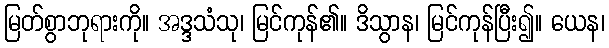
မြတ်စွာဘုရားကို။ အဒ္ဒသံသု၊ မြင်ကုန်၏။ ဒိသွာန၊ မြင်ကုန်ပြီး၍။ ယေန၊